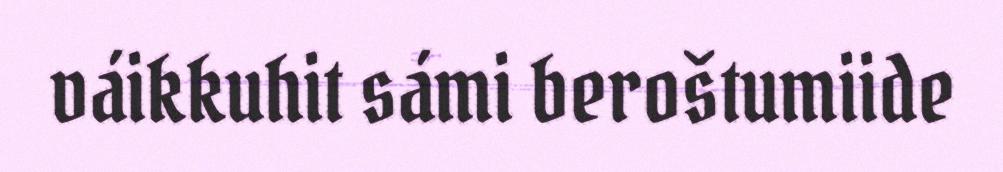
váikkuhit sámi beroštumiide